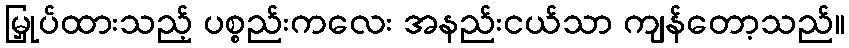
မြှုပ်ထားသည့် ပစ္စည်းကလေး အနည်းငယ်သာ ကျန်တော့သည်။